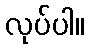
လုပ်ပါ။